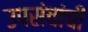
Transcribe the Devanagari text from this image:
उपसंचांची